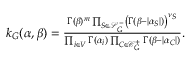
\begin{array} { r } { k _ { G } ( \alpha , \beta ) = \frac { \Gamma ( \beta ) ^ { m } \prod _ { S \in \mathcal { S } _ { G } ^ { - } } \left( \Gamma ( \beta - | \alpha _ { S } | ) \right) ^ { \nu _ { S } } } { \prod _ { i \in V } \Gamma ( \alpha _ { i } ) \prod _ { C \in \mathcal { C } _ { G } ^ { + } } \Gamma ( \beta - | \alpha _ { C } | ) } . } \end{array}